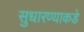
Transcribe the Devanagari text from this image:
सुधारण्याकडे